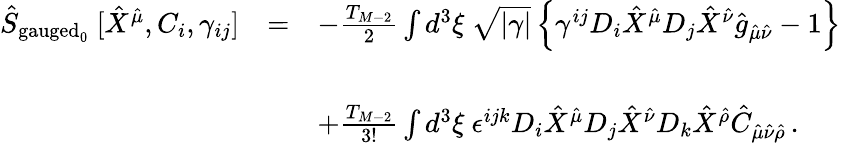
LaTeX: \begin{array}{rcl}{{\hat{S}_{\mathrm{gauged}_{0}}\ [\hat{X}^{\hat{\mu}},C_{i},\gamma_{ij}]}}&{{=}}&{{-\frac{T_{M-2}}{2}\int d^{3}\xi\ \sqrt{|\gamma|}\left\{ \gamma^{ij}D_{i}\hat{X}^{\hat{\mu}}D_{j}\hat{X}^{\hat{\nu}}\hat{g}_{\hat{\mu}\hat{\nu}}-1\right\} }}\\ {{}}&{{}}&{{}}\\ {{}}&{{}}&{{+\frac{T_{M-2}}{3!}\int d^{3}\xi\ \epsilon^{ijk}D_{i}\hat{X}^{\hat{\mu}}D_{j}\hat{X}^{\hat{\nu}}D_{k}\hat{X}^{\hat{\rho}}\hat{C}_{\hat{\mu}\hat{\nu}\hat{\rho}}\, .}}\end{array}